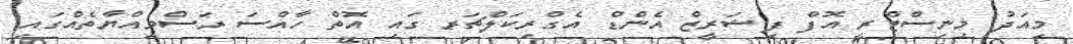
މިއަދު މިނިސްޓްރީ އޮފް ފިޝަރީޒް އެންޑް އެގްރިކަލްޗަރ ގައި އޮތް ހާއްސަ ރަސްމިއްޔާތެއްގައި